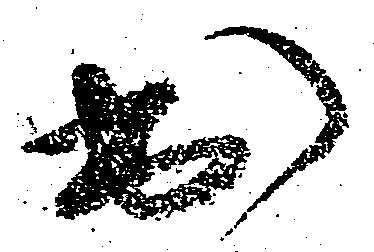
出